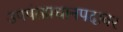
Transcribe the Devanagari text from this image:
उपपंतप्रधानपदावर